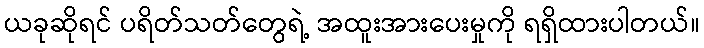
ယခုဆိုရင် ပရိတ်သတ်တွေရဲ့ အထူးအားပေးမှုကို ရရှိထားပါတယ်။